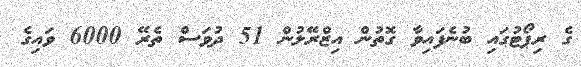
ގެ ރިޕޯޓުގައި ބުނެފައިވާ ގޮތުން އިޒްރޭލުން 51 ދުވަސް ތެރޭ 6000 ވައިގެ